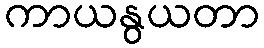
ကာယနွယတာ